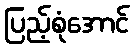
ပြည့်စုံအောင်